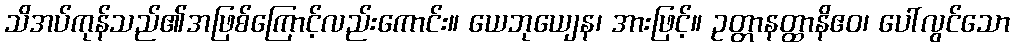
သိအပ်ကုန်သည်၏အဖြစ်ကြောင့်လည်းကောင်း။ ယေဘုယျေန၊ အားဖြင့်။ ဥတ္တာနတ္ထာနိဧဝ၊ ပေါ်လွင်သော